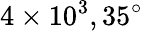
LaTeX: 4\times 10^{3},35^{\circ}